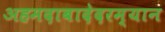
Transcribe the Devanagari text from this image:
अहमदाबादेदरम्यान